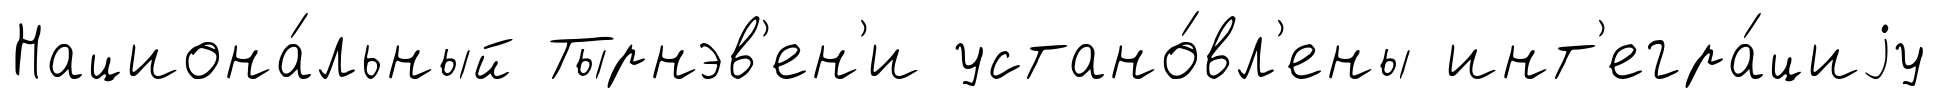
Национа́льный Тырнэв'ен'и устано́вл'ены инт'егра́циjу